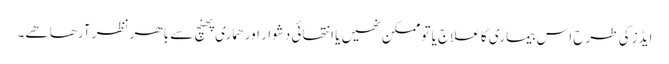
ایڈز کی طرح اس بیماری کا علاج یا تو ممکن نھیں یا انتھائی دشوار اور ھماری پھنچ سے باھر نظر آرھا ھے۔